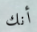
أنك